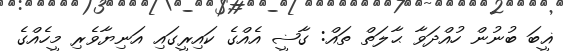
ޣީބަ ބުނުން ހުއްދަވާ ޙާލަތް ތައް: ގާޟީ އެއްގެ ކައިރީގައި އަނިޔާވެރި މީހެއްގެ